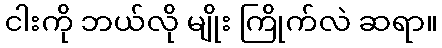
ငါးကို ဘယ်လို မျိုး ကြိုက်လဲ ဆရာ။